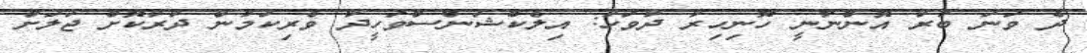
ދެ ވަނަ ބުރު އޮންނާނީ ހޮނިހިރު ދުވަހު: އިލެކްޝަންސްވަހީދު ވެރިކަމުން ދުރުކޮށް ޖަލަށް